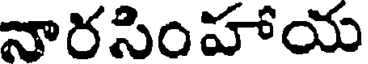
నారసింహాయ